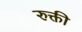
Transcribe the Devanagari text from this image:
रुक्ती